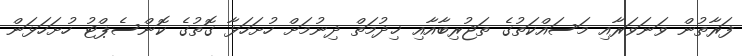
ފަރާތުން ވަނަވަރާއި މަސައްކަތުގެ ތަޖުރިބާއާއި ޚިދުމަތް ދިނުމަށް ހުށަހަޅާ ގޮތުގެ ކޮންސެޕްޓު ހުށަހަޅަން